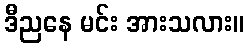
ဒီညနေ မင်း အားသလား။